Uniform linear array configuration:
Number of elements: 32
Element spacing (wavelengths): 1
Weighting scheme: hann
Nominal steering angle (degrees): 15
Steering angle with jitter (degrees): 15.042
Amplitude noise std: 0.05
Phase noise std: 0.05

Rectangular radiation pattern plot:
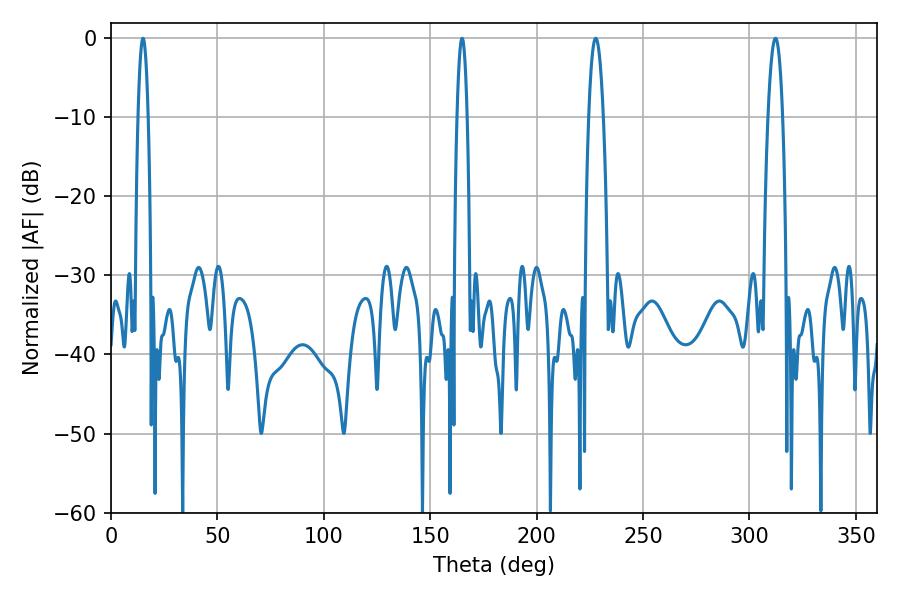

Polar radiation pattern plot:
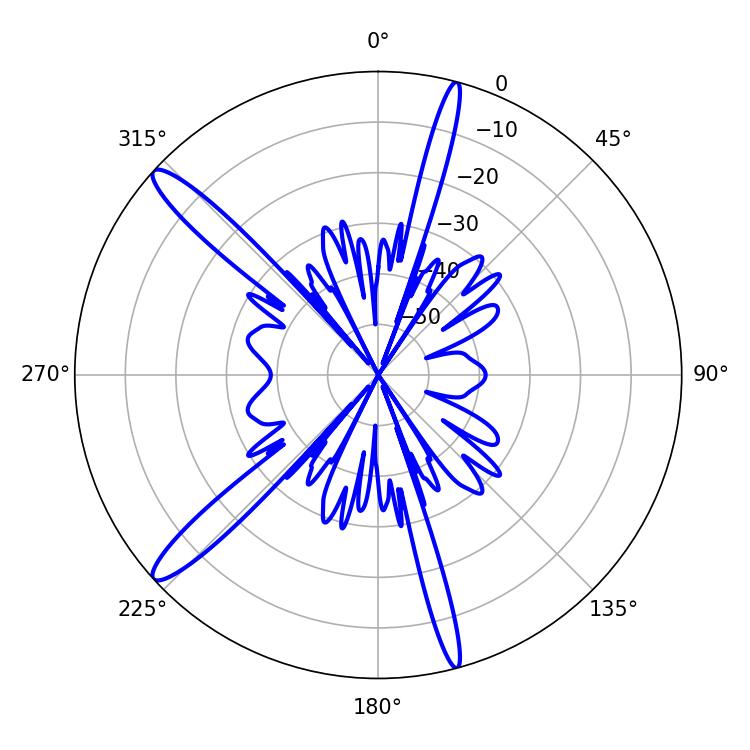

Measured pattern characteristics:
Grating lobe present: TRUE
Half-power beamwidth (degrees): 3.78
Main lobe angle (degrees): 227.7